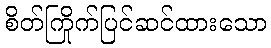
စိတ်ကြိုက်ပြင်ဆင်ထားသော